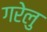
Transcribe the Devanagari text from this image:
गरेलु